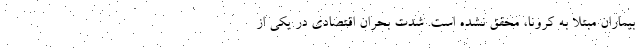
بیماران مبتلا به کرونا، محقق نشده است. شدت بحران اقتصادی در یکی از